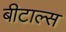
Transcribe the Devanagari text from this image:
बीटाल्स